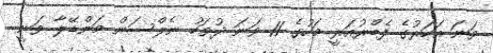
ވަނަ އަހަރުގެ ފެބްރުއަރީ މަހުގެ 11 ވަނަ ދުވަހު ނެލްސަން މަންޑޭލާ ވަނީ